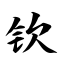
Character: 钦